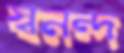
স্বনন্দ